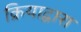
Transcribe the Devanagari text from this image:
क्रियाद्वारा